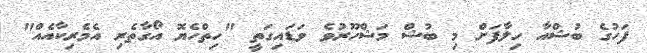
ފަހުގެ ބުޝްއާ ހިލާފަށް މި ބުޝް މަޝްހޫރުވެ ވަޑައިގަތީ "ހިތްހެޔޮ އޯގާތެރި އެމެރިކާއެއް"